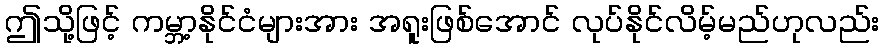
ဤသို့ဖြင့် ကမ္ဘာ့နိုင်ငံများအား အရူးဖြစ်အောင် လုပ်နိုင်လိမ့်မည်ဟုလည်း